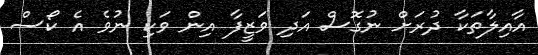
އާއިލާތަކާ ދުރަށް ނުގޮސް އަދި ވަޒީފާ އިން ވަކި ނުވެ އެ ކޯސް